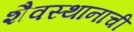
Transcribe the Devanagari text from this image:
शैवस्थानाची